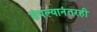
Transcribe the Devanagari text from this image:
संपल्यानंतरही